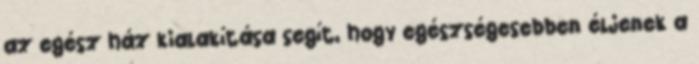
az egész ház kialakítása segít, hogy egészségesebben éljenek a